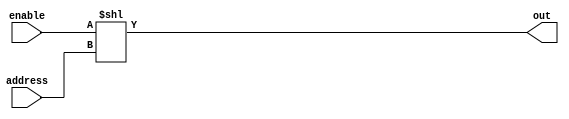
// 32 bit decoder with enable signal
//   enable=0: all output bits are 0
//   enable=1: out[address] is 1, all other outputs are 0
module decoder1to32
(
output[31:0]	out,
input		enable,
input[4:0]	address
);

    assign out = enable<<address; 

endmodule